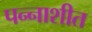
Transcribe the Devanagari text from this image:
पन्‍नाशीत